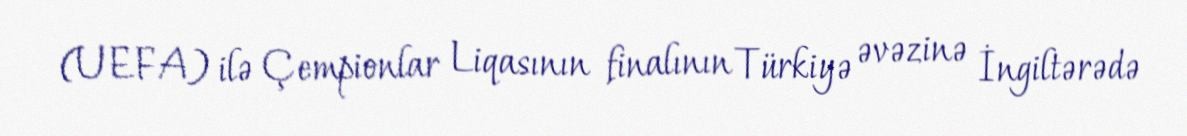
(UEFA) ilə Çempionlar Liqasının finalının Türkiyə əvəzinə İngiltərədə